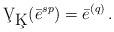
LaTeX: \begin{align*} \c V_{\c K}(\bar e^{sp})=\bar e^{(q)}\, .\end{align*}